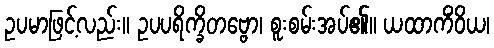
ဥပမာဖြင့်လည်း။ ဥပပရိက္ခိတဗ္ဗော၊ စူးစမ်းအပ်၏။ ယထာကိံဝိယ၊